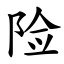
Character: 险